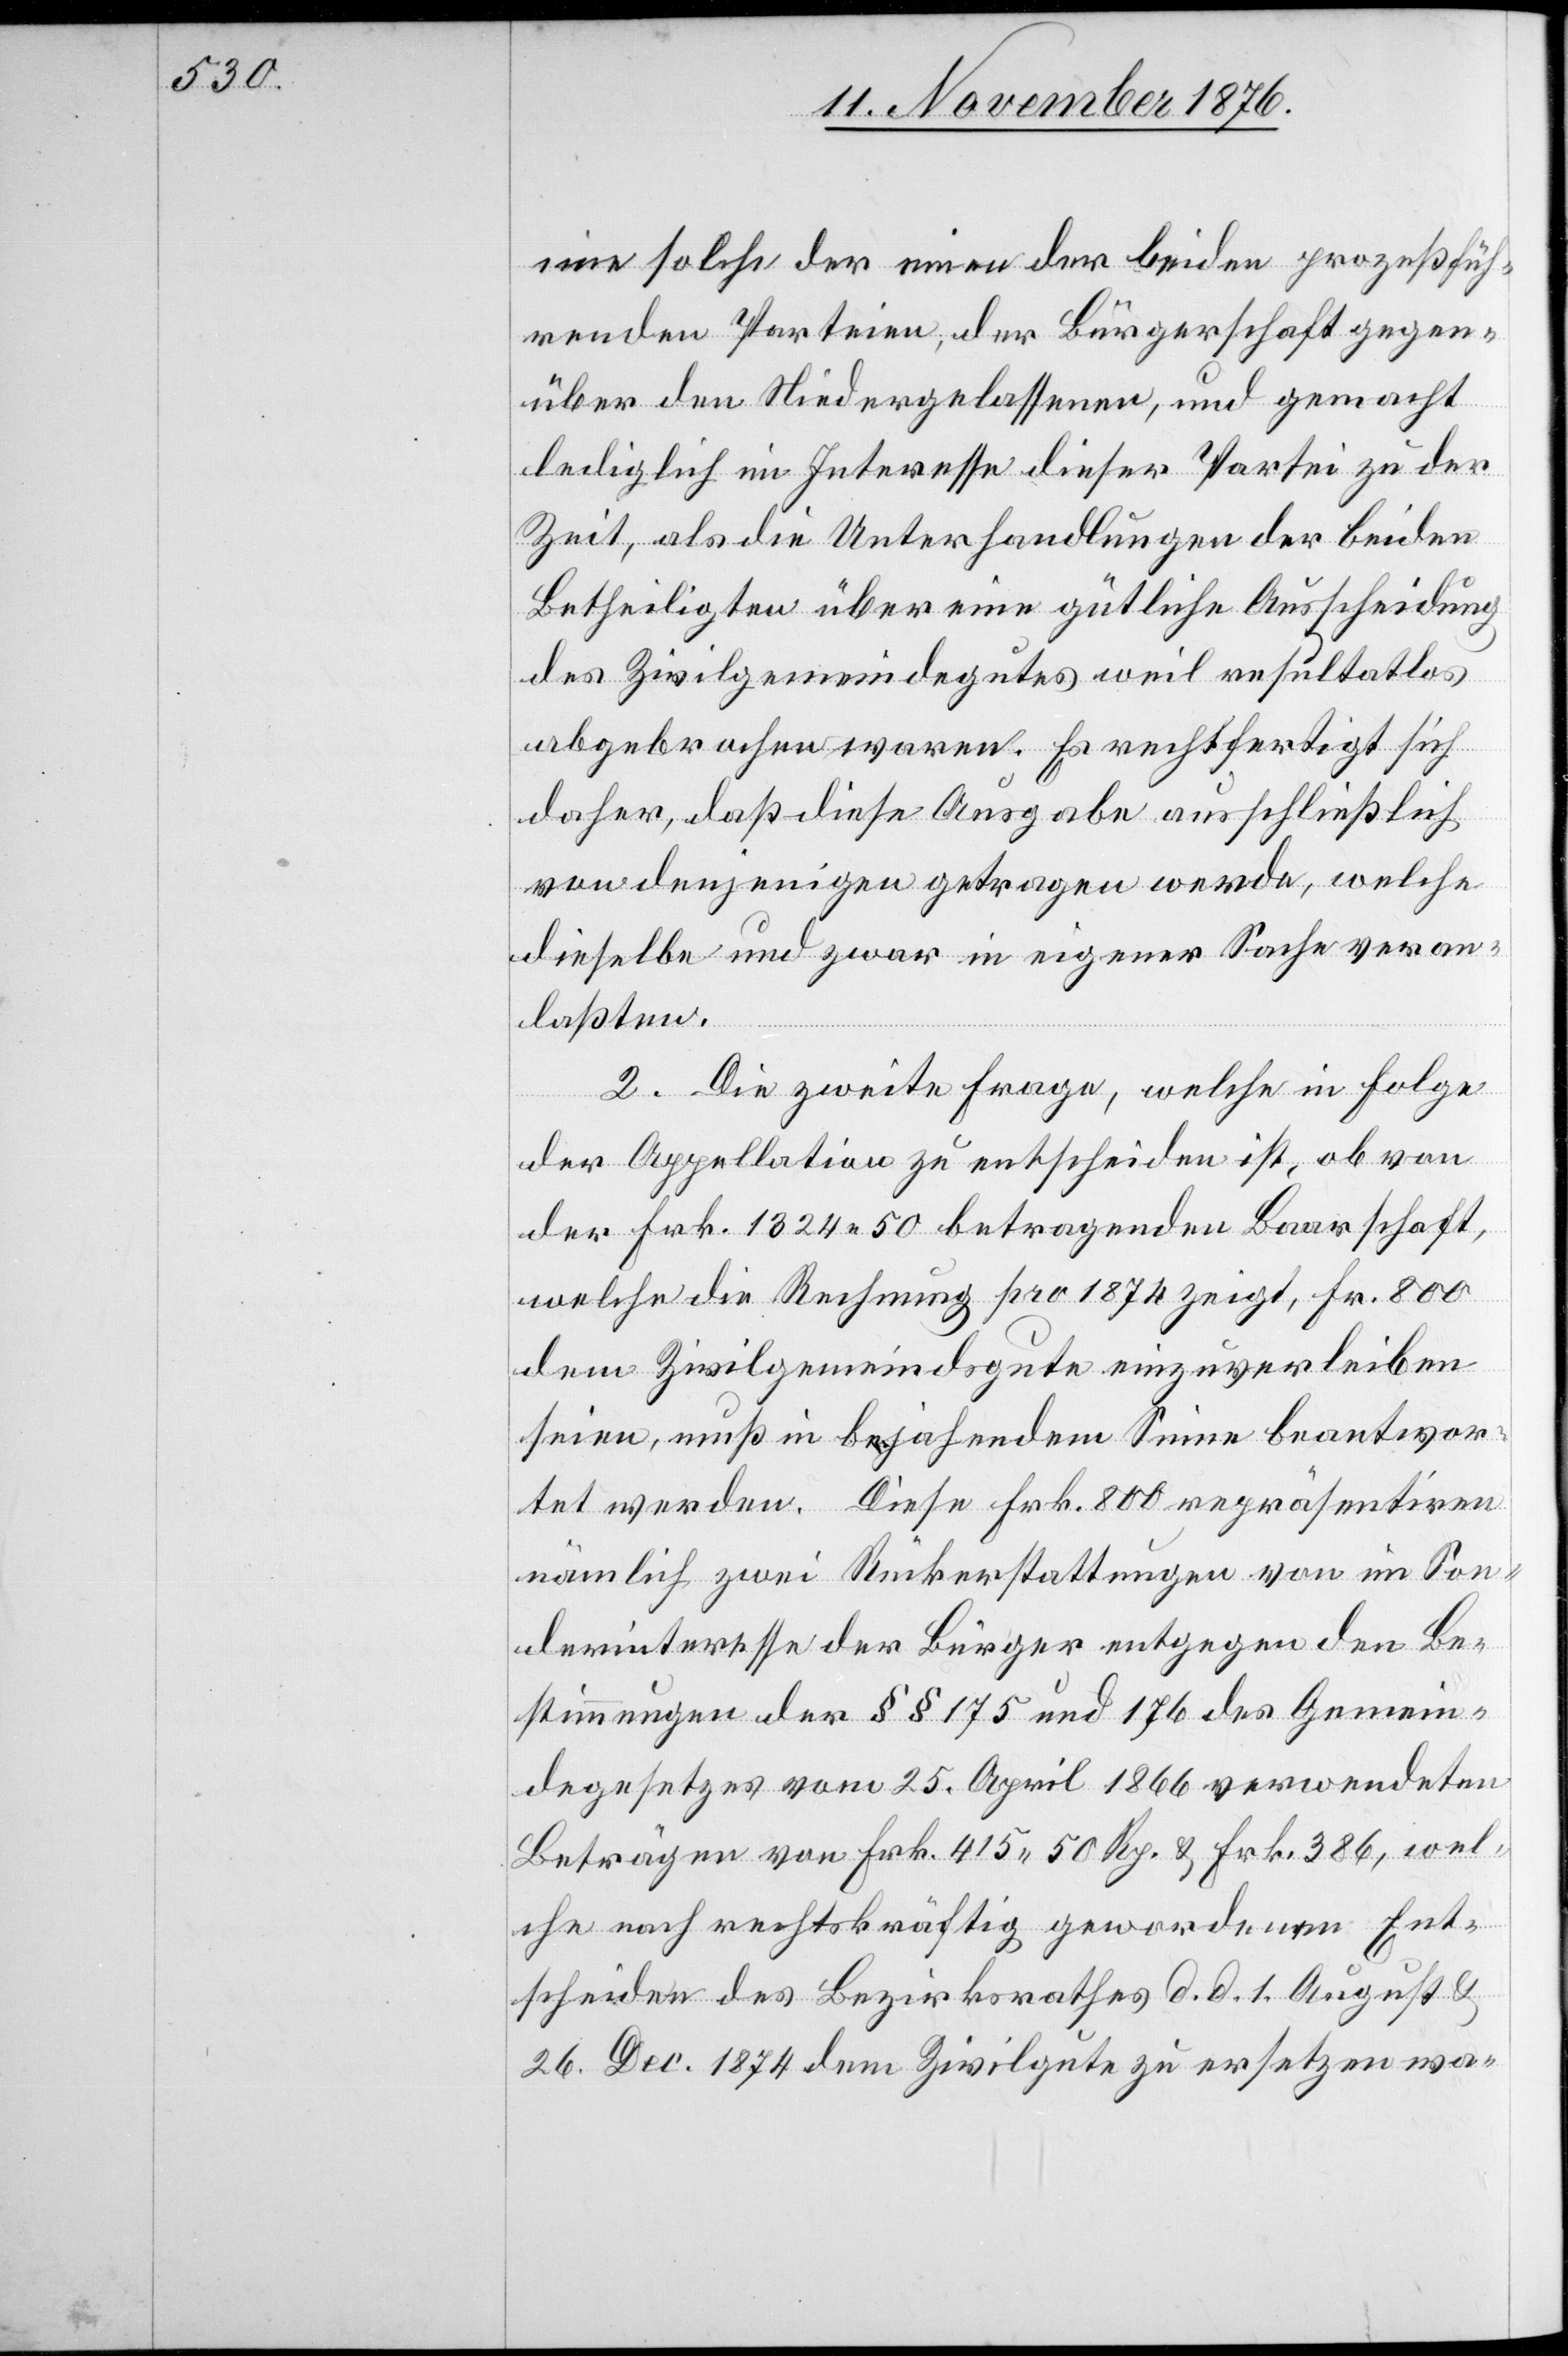
eine solche der einen der beiden prozeßfüh¬
renden Parteien, der Bürgerschaft gegen¬
über den Niedergelassenen, und gemacht
lediglich im Interesse dieser Partei zu der
Zeit, als die Unterhandlungen der beiden
Betheiligten über eine gütliche Ausscheidung
des Zivilgemeindegutes weil resultatlos
abgebrochen waren. Es rechtfertigt sich
daher, daß diese Ausgabe ausschließlich
von denjenigen getragen werde, welche
dieselbe und zwar in eigener Sache veran¬
laßten.
2. Die zweite Frage, welche in Folge
der Appellation zu entscheiden ist, ob von
der Frk. 1324 50 betragenden Baarschaft,
welche die Rechnung pro 1874 zeigt, Fr. 800
dem Zivilgemeindsgute einzuverleiben
seien, muß in bejahendem Sinne beantwor¬
tet werden. Diese Frk. 800 repräsentiren
nämlich zwei Rückerstattungen von im Son¬
derinteresse der Bürger entgegen den Be¬
stimmungen der §§ 175 und 176 des Gemein¬
degesetzes vom 25. April 1866 verwendeten
Beträge von Frk. 425 50 Rp. & Frk. 386, wel¬
che nach rechtskräftig gewordenem Ent¬
scheide des Bezirksrathes d. d. 1. August &
26. Dec. 1874 dem Zivilgute zu ersetzen wa-